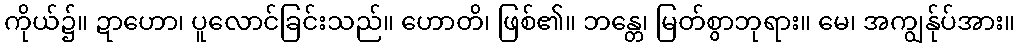
ကိုယ်၌။ ဍာဟော၊ ပူလောင်ခြင်းသည်။ ဟောတိ၊ ဖြစ်၏။ ဘန္တေ၊ မြတ်စွာဘုရား။ မေ၊ အကျွန်ုပ်အား။